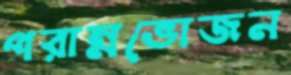
পরান্নভোজন